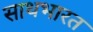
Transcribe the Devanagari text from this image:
साथभारत